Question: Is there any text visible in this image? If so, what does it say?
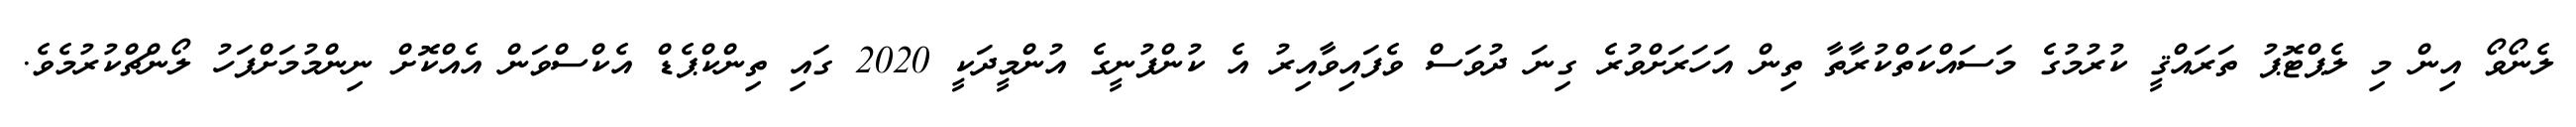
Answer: ލެނޯވޯ އިން މި ލެޕްޓޮޕު ތަރައްޤީ ކުރުމުގެ މަސައްކަތްކުރާތާ ތިން އަހަރަށްވުރެ ގިނަ ދުވަސް ވެފައިވާއިރު އެ ކުންފުނީގެ އުންމީދަކީ 2020 ގައި ތިންކްޕެޑް އެކްސްވަން އެއްކޮށް ނިންމުމަށްފަހު ލޯންޗްކުރުމެވެ.